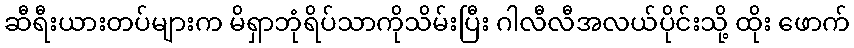
ဆီရီးယားတပ်များက မိရှာဘုံရိပ်သာကိုသိမ်းပြီး ဂါလီလီအလယ်ပိုင်းသို့ ထိုး ဖောက်